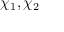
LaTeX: \chi _ { 1 } , \chi _ { 2 }